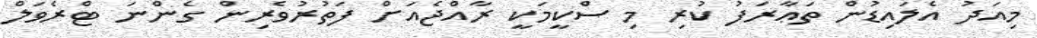
މިއަދު އެލައިޑުން ތަޢާރަފު ކުރި މި ސްކީމަކީ ރާއްޖެއަށް ފަތުރުވެރިން ގެންނަ ޓްރެވަލް